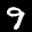
Label: 9